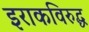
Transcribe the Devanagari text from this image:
इराकविरुद्ध